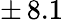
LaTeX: \pm\, 8.1